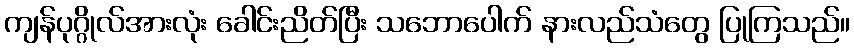
ကျန်ပုဂ္ဂိုလ်အားလုံး ခေါင်းညိတ်ပြီး သဘောပေါက် နားလည်သံတွေ ပြုကြသည်။